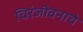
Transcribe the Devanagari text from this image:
चिरंजीवनाचे